Mental hospitals Bombay report 1921-28 - 1921-1928
Year: 1921
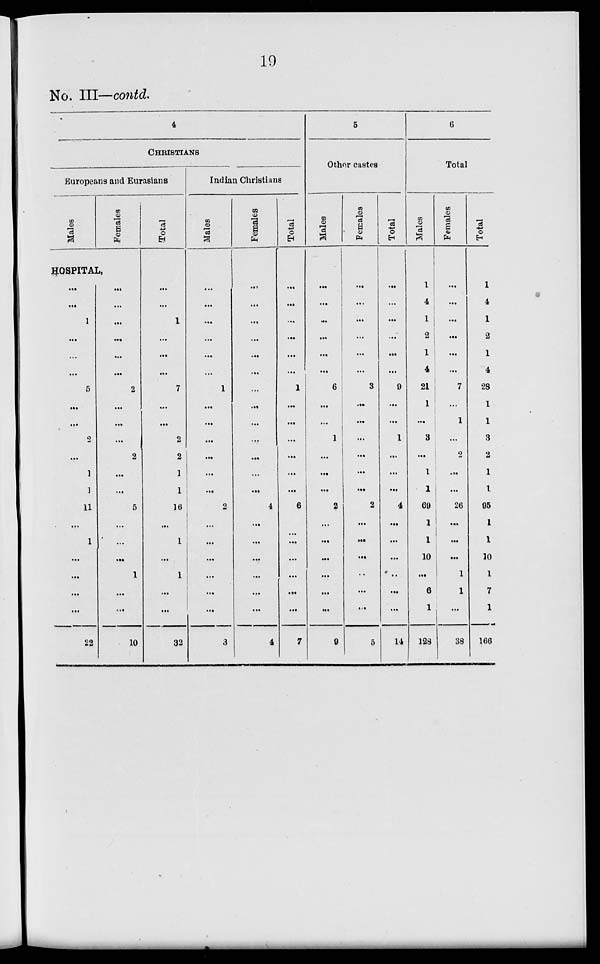
19
No. III—contd.
4
CHRISTIANS
Europeans and Eurasians
Males
Females
HOSPITAL,
...
...
1
...
...
...
5
...
...
2
...
1
1
11
...
1
...
...
...
...
22
...
...
...
...
...
...
2
...
...
...
2
...
...
5
...
...
...
1
...
...
10
Total
...
...
1
...
...
...
7
...
...
2
2
1
1
16
...
1
...
1
...
...
32
Indian Christians
Males
...
...
...
...
...
...
1
...
...
...
...
...
...
2
...
...
...
...
...
...
3
Females
...
...
...
...
...
...
...
...
...
...
...
...
...
4
...
...
...
...
...
...
4
Total
...
...
...
...
...
...
1
...
...
...
...
...
...
6
...
...
...
...
...
...
7
5
Other castes
Males
...
...
...
...
...
...
6
...
...
1
...
...
...
2
...
...
...
...
...
...
9
Females
...
...
...
...
...
...
3
...
...
...
...
...
...
2
...
...
...
...
...
...
5
Total
...
...
...
...
...
...
9
...
...
1
...
...
...
4
...
...
...
...
...
...
14
6
Total
Males
1
4
1
2
1
4
21
1
...
3
...
1
1
69
1
1
10
...
6
1
128
Females
...
...
...
...
...
...
7
...
1
...
2
...
...
26
...
...
...
1
1
...
38
Total
1
4
1
2
1
4
28
1
1
3
2
1
1
95
1
1
10
1
7
1
166